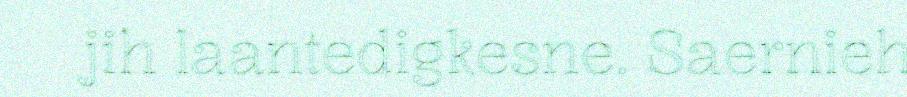
jih laantedigkesne. Saernieh